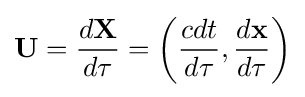
{\boldsymbol {\mathbf {U} }}={\frac {d{\boldsymbol {\mathbf {X} }}}{d\tau }}=\left({\frac {cdt}{d\tau }},{\frac {d\mathbf {x} }{d\tau }}\right)